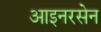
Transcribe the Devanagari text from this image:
आइनरसेन